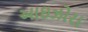
આઇઝોરા